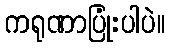
ကရုဏာပြုံးပါပဲ။